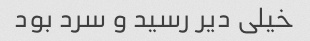
خیلی دیر رسید و سرد بود